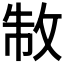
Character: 𭣮